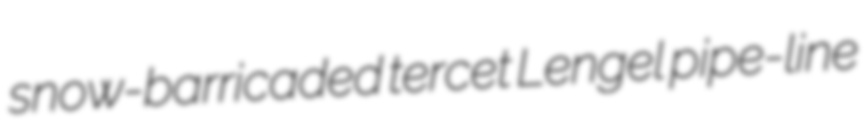
snow-barricaded tercet Lengel pipe-line